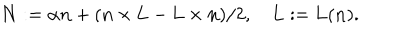
LaTeX: { \bf N } : = \alpha { \bf n } + ( { \bf n } \times { \bf L } - { \bf L } \times { \bf n } ) / 2 , \quad { \bf L } : = { \bf L } ( { \bf n } ) .